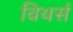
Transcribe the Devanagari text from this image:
विथर्स